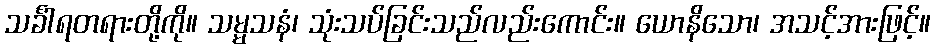
သင်္ခါရတရားတို့ကို။ သမ္မသနံ၊ သုံးသပ်ခြင်းသည်လည်းကောင်း။ ယောနိသော၊ အသင့်အားဖြင့်။